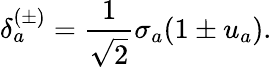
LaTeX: \delta_{a}^{(\pm)}=\frac{1}{\sqrt{2}}\sigma_{a}(1\pm u_{a}).